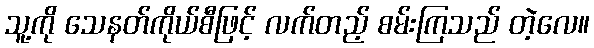
သူ့ကို သေနတ်ကိုယ်စီဖြင့် လက်တည့် စမ်းကြသည် တဲ့လေ။